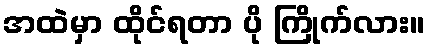
အထဲမှာ ထိုင်ရတာ ပို ကြိုက်လား။